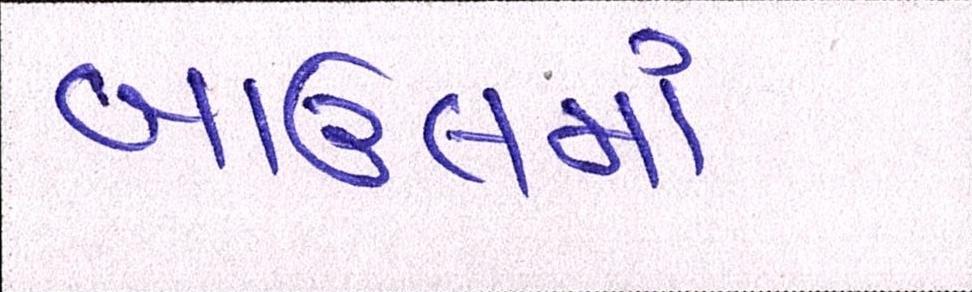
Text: બાઉલમાં